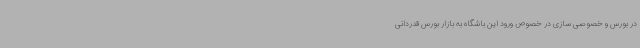
در بورس و خصوصی سازی در خصوص ورود این باشگاه به بازار بورس قدردانی